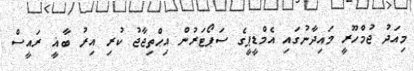
މިއަދު ޖުމްހޫރީ މައިދާނުގައި އެމްޑީޕީގެ ސަޕޯޓަރުން އިޙްތިޖާޖު ކުރި އިރު ބާޣީ ރައީސް